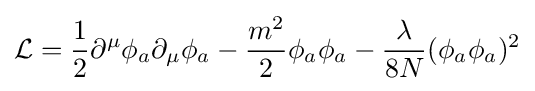
{\mathcal {L}}={1 \over 2}\partial ^{\mu }\phi _{a}\partial _{\mu }\phi _{a}-{m^{2} \over 2}\phi _{a}\phi _{a}-{\lambda  \over 8N}(\phi _{a}\phi _{a})^{2}